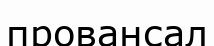
провансал